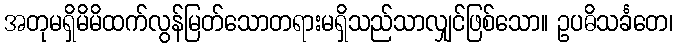
အတုမရှိမိမိထက်လွန်မြတ်သောတရားမရှိသည်သာလျှင်ဖြစ်သော။ ဥပဓိသင်္ခတေ၊